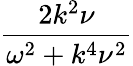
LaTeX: \displaystyle\frac{2k^{2}\nu}{\omega^{2}+k^{4}\nu^{2}}